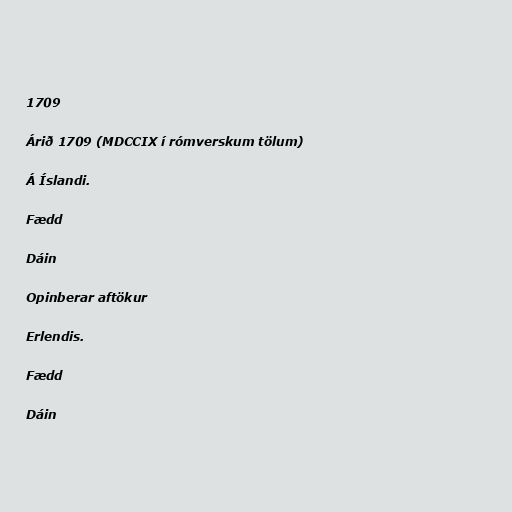
1709

Árið 1709 (MDCCIX í rómverskum tölum)

Á Íslandi.

Fædd

Dáin

Opinberar aftökur

Erlendis.

Fædd

Dáin